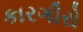
કારગીરો